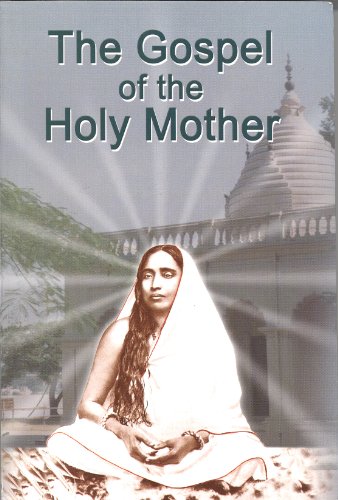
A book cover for Gospel of the Holy Mother; Sarada Devi; Religion & Spirituality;